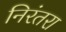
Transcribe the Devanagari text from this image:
निरंतरा